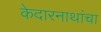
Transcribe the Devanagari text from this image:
केदारनाथांचा